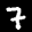
Label: 7